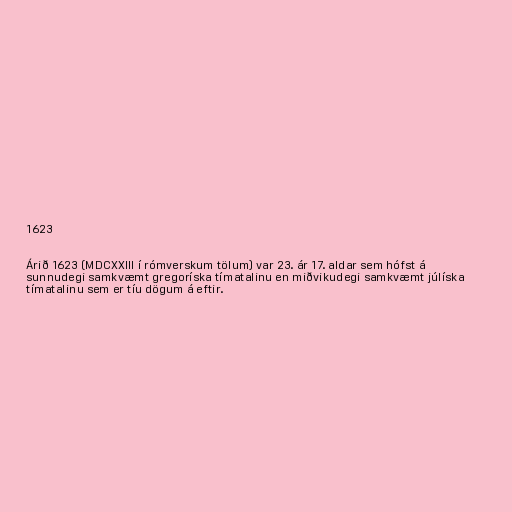
1623

Árið 1623 (MDCXXIII í rómverskum tölum) var 23. ár 17. aldar sem hófst á
sunnudegi samkvæmt gregoríska tímatalinu en miðvikudegi samkvæmt júlíska
tímatalinu sem er tíu dögum á eftir.